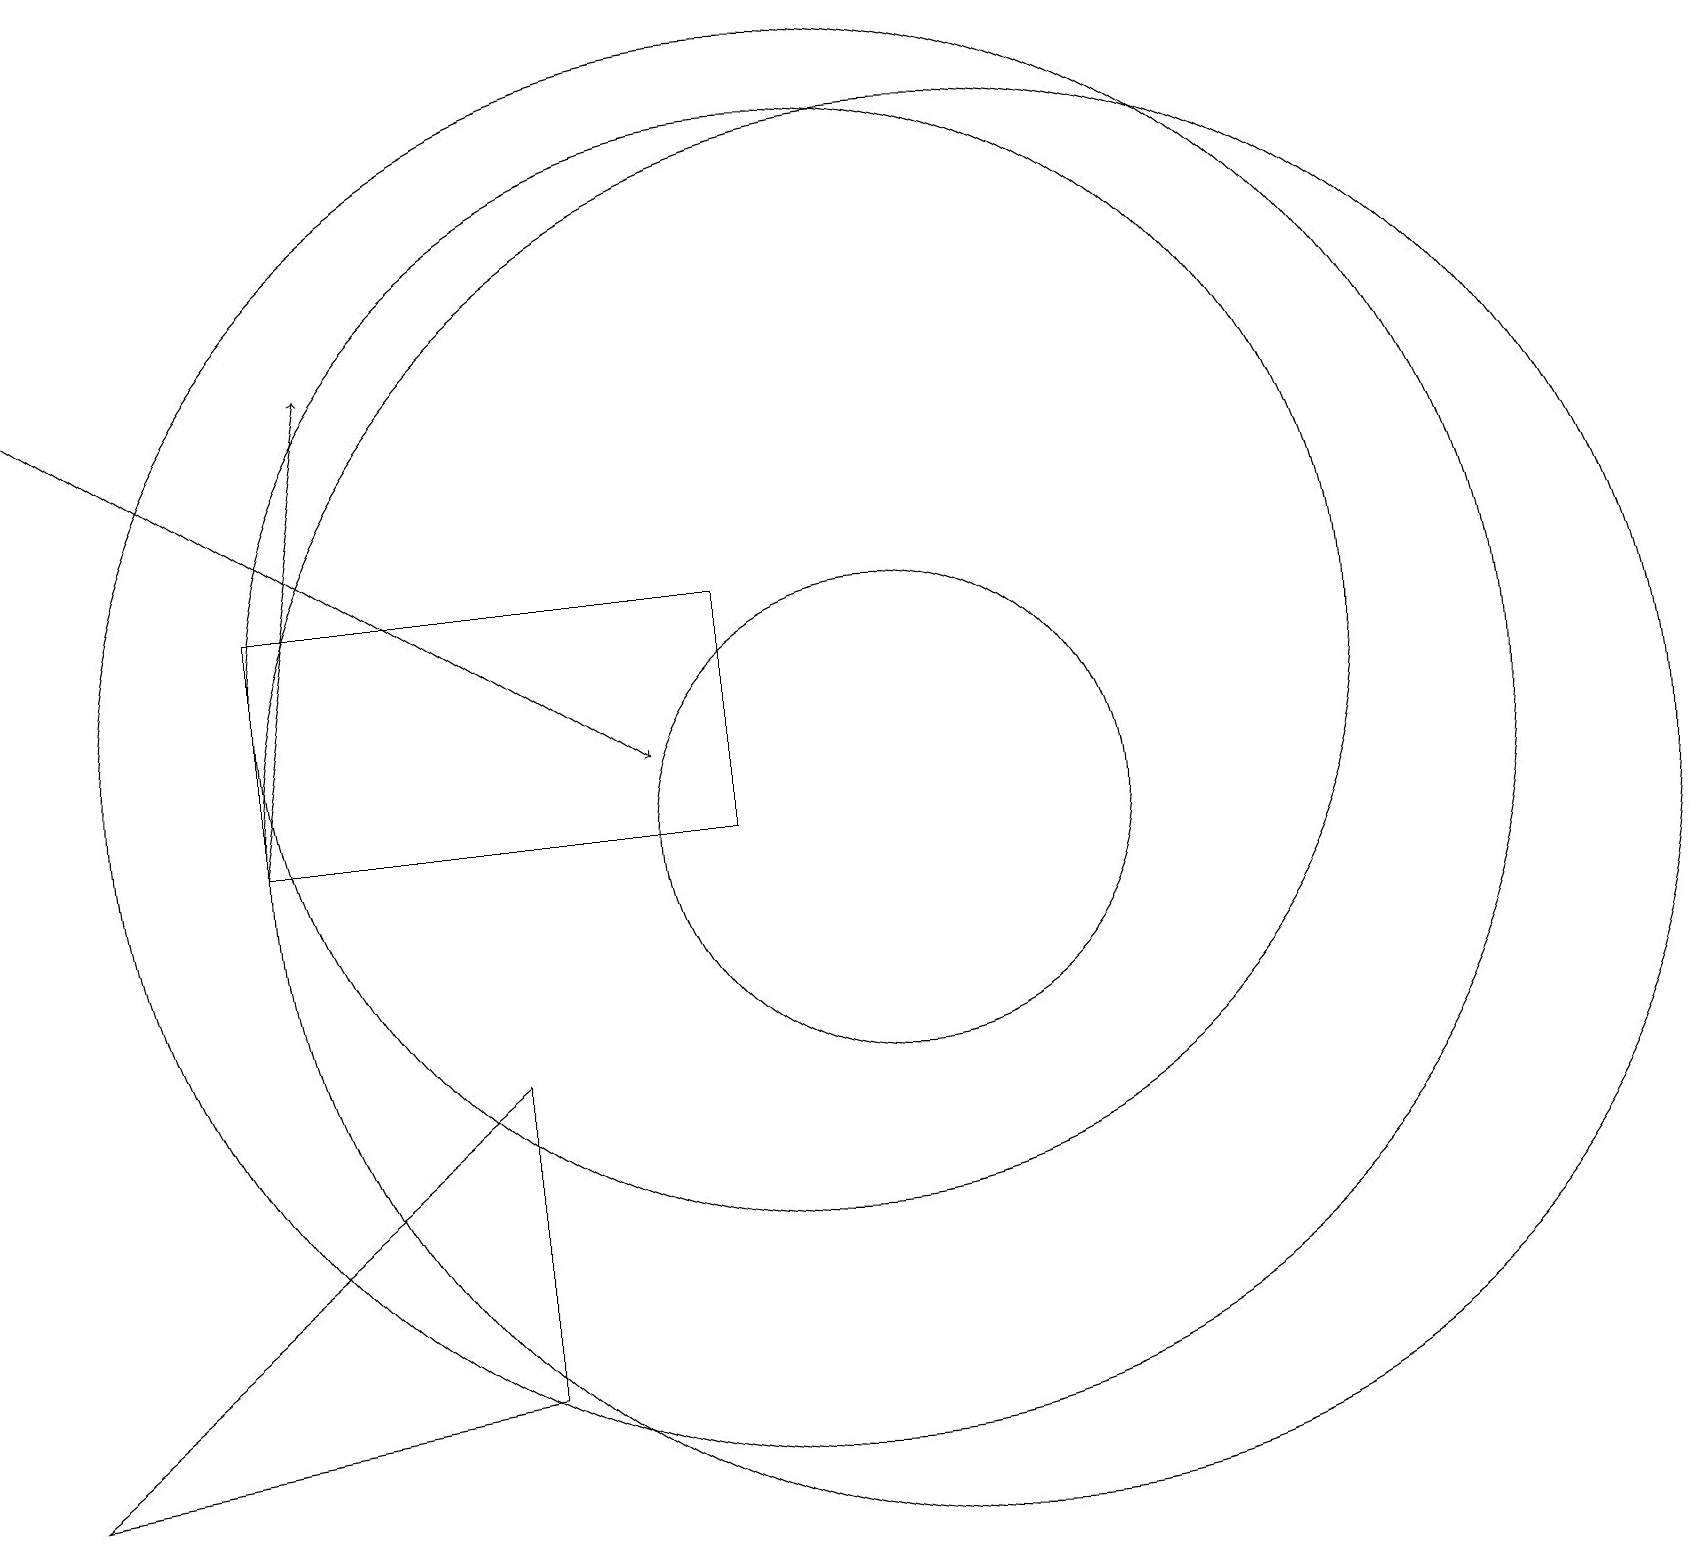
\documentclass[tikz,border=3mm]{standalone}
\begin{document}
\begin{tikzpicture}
\draw[->] (3,10) -- (4,16);
\draw (11,10) circle (3);
\draw (0,2) -- (6,7) -- (6,3) -- cycle;
\draw[->] (0,16) -- (8,11);
\draw (9,10) rectangle (3,13);
\draw (10,11) circle (9);
\draw (12,10) circle (9);
\draw (10,12) circle (7);
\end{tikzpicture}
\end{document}